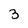
Character: 3